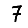
Digit: 7